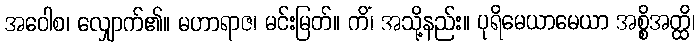
အဝေါစ၊ လျှောက်၏။ မဟာရာဇ၊ မင်းမြတ်။ ကိံ၊ အသို့နည်း။ ပုရိမေယာမေယာ အစ္စိအတ္ထိ၊